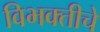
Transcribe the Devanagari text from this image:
विभक्तीचे